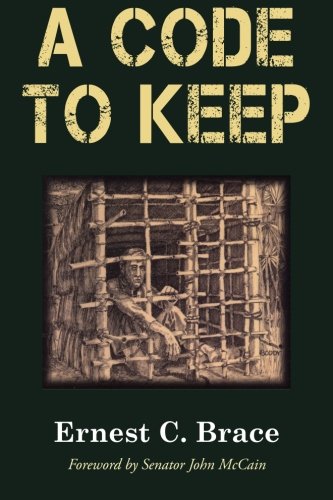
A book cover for A Code To Keep: The True Story of America's Longest-Held Civilian POW in the Vietnam War (Hellgate Memories Series); Ernest C. Brace; History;